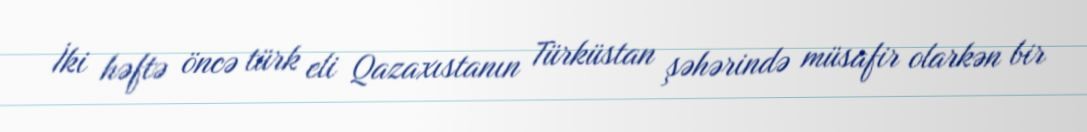
İki həftə öncə türk eli Qazaxıstanın Türküstan şəhərində müsafir olarkən bir